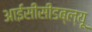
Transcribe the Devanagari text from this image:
आईसीसीडब्‍ल्‍यू